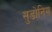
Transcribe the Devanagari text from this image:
सुडोनिम